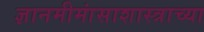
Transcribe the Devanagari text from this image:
ज्ञानमीमांसाशास्त्राच्या